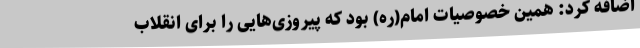
اضافه کرد: همین خصوصیات امام(ره) بود که پیروزی‌هایی را برای انقلاب